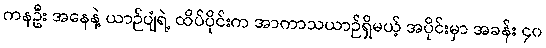
ကနဦး အနေနဲ့ ယာဉ်ပျံရဲ့ ထိပ်ပိုင်းက အာကာသယာဉ်ရှိမယ့် အပိုင်းမှာ အခန်း ၄၀